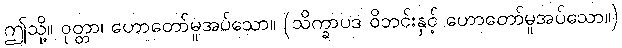
ဤသို့။ ဝုတ္တာ၊ ဟောတော်မူအပ်သော။ (သိက္ခာပဒ ဝိဘင်းနှင့် ဟောတော်မူအပ်သော။)